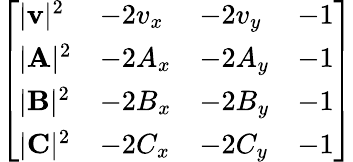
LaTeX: {\left[\begin{array}{llll}{|\mathbf{v}|^{2}}&{-2v_{x}}&{-2v_{y}}&{-1}\\ {|\mathbf{A}|^{2}}&{-2A_{x}}&{-2A_{y}}&{-1}\\ {|\mathbf{B}|^{2}}&{-2B_{x}}&{-2B_{y}}&{-1}\\ {|\mathbf{C}|^{2}}&{-2C_{x}}&{-2C_{y}}&{-1}\end{array}\right]}